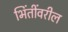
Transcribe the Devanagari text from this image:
भिंतींवरील